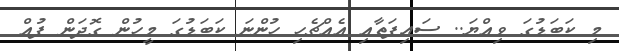
މި ކަބަޑުގަ ވިއްޔަ.. ސައިފަތާއި އެއްޗެހި ހުންނަ ކަބަޑުގަ މީހުން ގޮދަން ފުއް